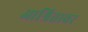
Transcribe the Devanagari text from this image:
आश्रितावर